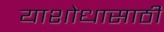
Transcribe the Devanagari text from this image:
याशोधासाठी